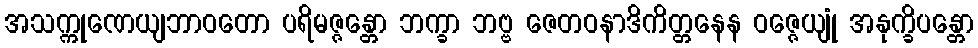
အသက္ကုဏေယျဘာဝတော ပရိမဇ္ဇန္တော ဘက္ခာ ဘဗ္ဗ ဇေတဝနာဒိကိတ္တနေန ဝဇ္ဇေယျုံ အနုက္ခိပန္တော